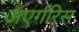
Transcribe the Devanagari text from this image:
अएर्गरिस